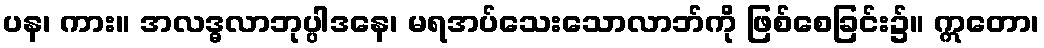
ပန၊ ကား။ အလဒ္ဓလာဘုပ္ပါဒနေ၊ မရအပ်သေးသောလာဘ်ကို ဖြစ်စေခြင်း၌။ ဣတော၊